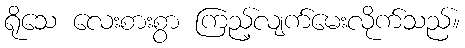
ရိုသေ လေးစားစွာ ကြည့်လျက်မေးလိုက်သည်။